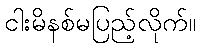
ငါးမိနစ်မပြည့်လိုက်။